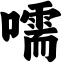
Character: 嚅